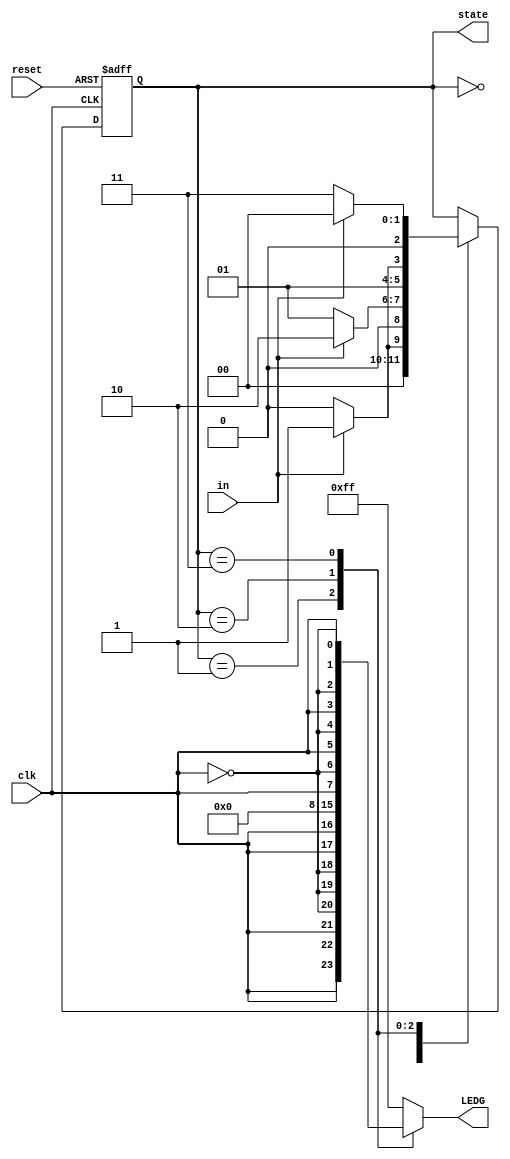
// Quartus II Verilog Template
// 4-State Moore state machine

// A Moore machine's outputs are dependent only on the current state.
// The output is written only when the state changes.  (State
// transitions are synchronous.)

module LED_state
(
	input	clk, in, reset,
	output reg [7:0] LEDG,
	output reg [2:0]state
);

	// Declare state register
	 

	// Declare states
	parameter S0 = 0, S1 = 1, S2 = 2, S3 = 3, S4 = 4, S5 = 5;

	// Output depends only on the state
	always @ (state) begin
		case (state)
			S0:
				LEDG = 8'b11111111;
			S1:
				LEDG = {clk,clk,clk,~clk,~clk,~clk,clk,clk};
			S2:
				LEDG = 8'b00000000;
			S3:
				LEDG = {clk,~clk,clk,~clk,clk,~clk,clk,~clk};
			default:
				LEDG = 8'b11111111;
		endcase
	end

	// Determine the next state
	always @ (posedge clk or posedge reset) begin//?LK???ES?		
		if (reset)
			state <= S0;
		else
			case (state)
				S0:
					if (in)			//S0?S1
						state <= S1;
					else
						state <= S0;
				S1:
					if (in)			//S1?S2
						state <= S2;
					else
						state <= S1;
				S2:
					if (in)			//S2?S3
						state <= S3;
					else
						state <= S2;
				S3:
					if (in)			//S3?S0
						state <= S0;
					else
						state <= S3;
			endcase
	end

endmodule